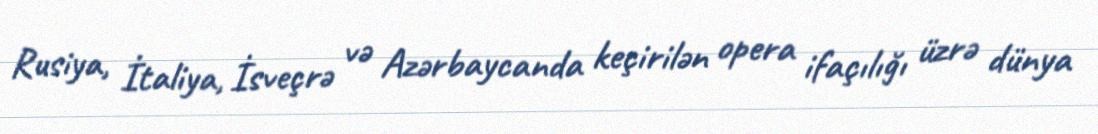
Rusiya, İtaliya, İsveçrə və Azərbaycanda keçirilən opera ifaçılığı üzrə dünya